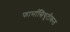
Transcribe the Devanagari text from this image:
फार्मासियुटीकल